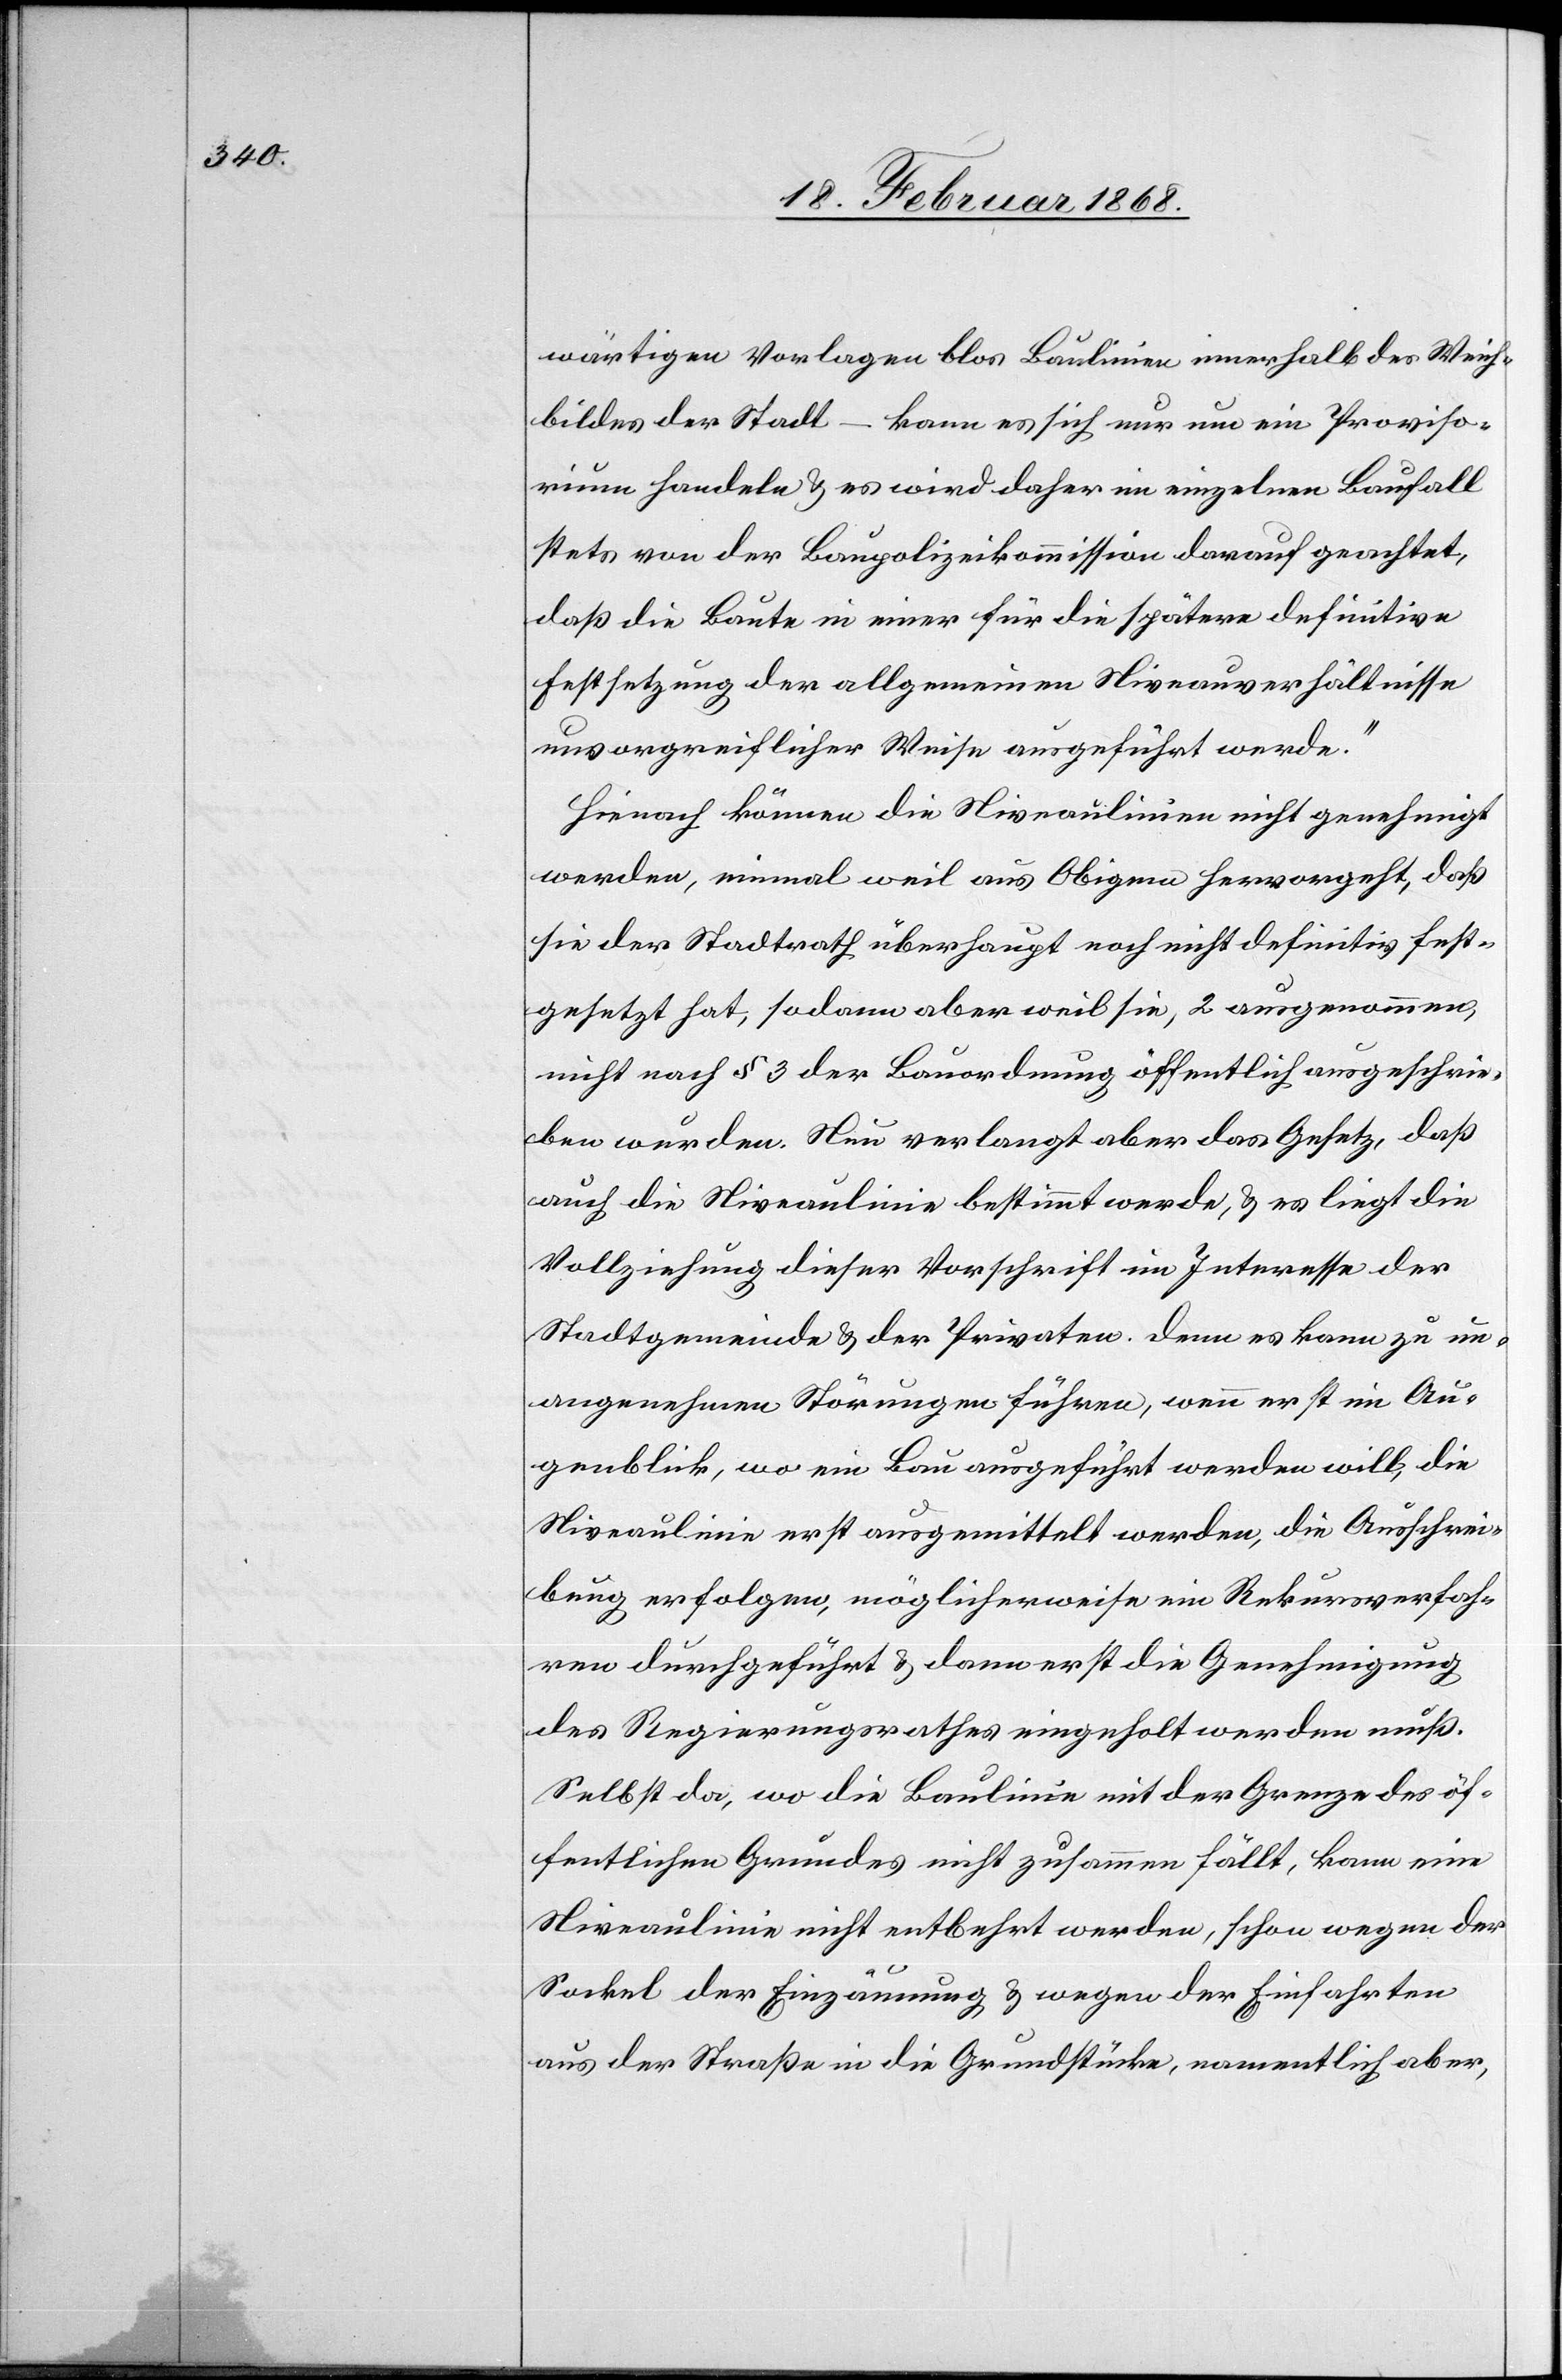
wärtigen Vorlagen blos Baulinien innerhalb des Weich¬
bildes der Stadt – kann es sich nur um ein Proviso¬
rium handeln & es wird daher im einzelnen Baufall
stets von der Baupolizeikommission darauf geachtet,
daß die Baute in einer für die spätere definitive
Festsetzung der allgemeinen Niveauverhältnisse
unvorgreiflicher Weise ausgeführt werde.“
Hienach können die Niveaulinien nicht genehmigt
werden, einmal weil aus Obigem hervorgeht, daß
sie der Stadtrath überhaupt noch nicht definitiv fest¬
gesetzt hat, sodann aber weil sie, 2 ausgenommen,
nicht nach § 3 der Bauordnung öffentlich ausgeschrie¬
ben wurden. Nun verlangt aber das Gesetz, daß
auch die Niveaulinie bestimmt werde, & es liegt die
Vollziehung dieser Vorschrift im Interesse der
Stadtgemeinde & der Privaten. Denn es kann zu un¬
angenehmen Störungen führen, wenn erst im Au¬
genblick, wo ein Bau ausgeführt werden will, die
Niveaulinie erst ausgemittelt werden, die Ausschrei¬
bung erfolgen, möglicherweise ein Rekursverfah¬
ren durchgeführt & dann erst die Genehmigung
des Regierungsrathes eingeholt werden muß.
Selbst da, wo die Baulinie mit der Grenze des öf¬
fentlichen Grundes nicht zusammen fällt, kann eine
Niveaulinie nicht entbehrt werden, schon wegen der
Sockel der Einzäunung & wegen der Einfahrten
aus der Straße in die Grundstücke, namentlich aber,